Note on the mental hospitals in Burma - 1925-1940
Year: 1925
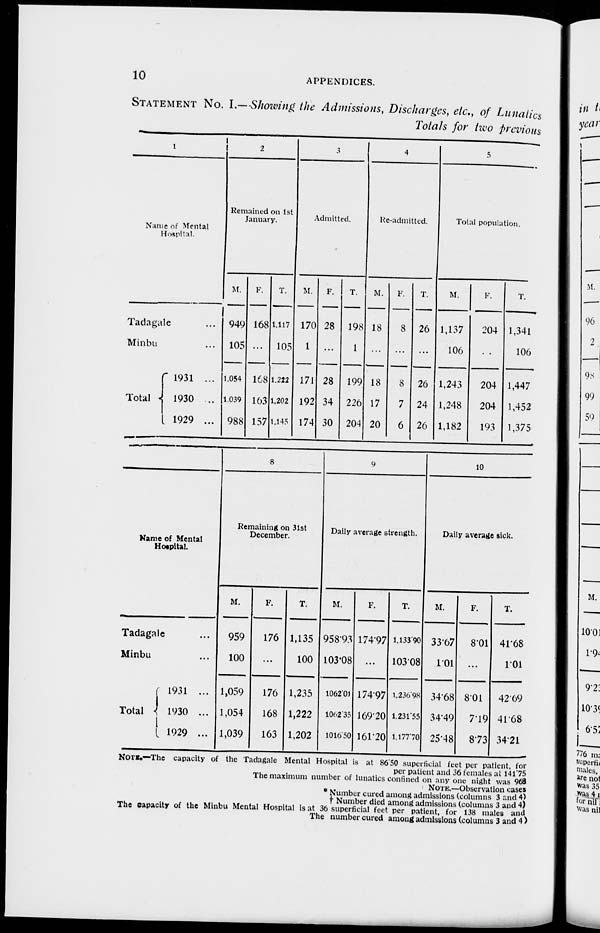
10
APPENDICES.
STATEMENT NO. I.—Showing the Admissions, Discharges, etc., of Lunatics
Totals for two previous
1
Name of Mental
Hospital.
Tadagale ...
Minbu ...
Total
1931 ...
1930
..
1929 ...
2
Remained on 1st
January.
M.
949
105
1,054
1,039
988
F.
168
...
168
163
157
T.
1,117
105
1,222
1,202
1,145
3
Admitted.
M.
170
1
171
192
174
F.
28
...
28
34
30
T.
198
1
199
226
204
4
Re-admitted.
M.
18
...
18
17
20
F.
8
...
8
7
6
T.
26
...
26
24
26
5
Total population.
M.
1,137
106
1,243
1,248
1,182
F.
204
...
204
204
193
T.
1,341
106
1,447
1,452
1,375
Name of Mental
Hospital.
Tadagale ...
Minbu ...
Total
1931 ...
1930 ...
1929 ...
8
Remaining on 31st
December.
M.
959
100
1,059
1,054
1,039
F.
176
...
176
168
163
T.
1,135
100
1,235
1,222
1,202
9
Daily average strength.
M.
958.93
103.08
1062.01
1062.35
1016.50
F.
174.97
...
174.97
169.20
161.20
T.
1,133.90
103.08
1,236.98
1,231.55
1,177.70
10
Daily average sick.
M.
33.67
1.01
34.68
34.49
25.48
F.
8.01
...
8.01
7.19
8.73
T.
41.68
1.01
42.69
41.68
34.21
NOTE.—The capacity of the Tadagale Mental Hospital is at 86.50 superficial feet per patient, for
per patient and 36 females at 141.75
The maximum number of lunatics confined on any one night was 968
NOTE.—Observation cases
* Number cured among admissions (columns 3 and 4)
† Number died among admissions (columns 3 and 4)
The capacity of the Minbu Mental Hospital is at 36 superficial feet per patient, for 138 males and
The number cured among admissions (columns 3 and 4 )